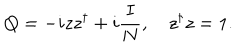
Q = - i z z ^ { \dagger } + i \frac { I } { N } , \quad z ^ { \dagger } z = 1 .